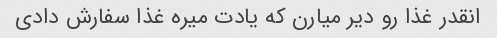
انقدر غذا رو دیر میارن که یادت میره غذا سفارش دادی